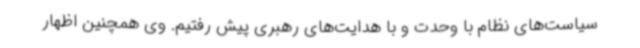
سیاست‌های نظام با وحدت و با هدایت‌های رهبری پیش رفتیم. وی همچنین اظهار